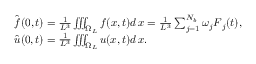
\begin{array} { r l } & { \hat { \boldsymbol f } ( 0 , t ) = \frac { 1 } { L ^ { 3 } } \iiint _ { \Omega _ { L } } \boldsymbol f ( \boldsymbol x , t ) d \, \boldsymbol x = \frac { 1 } { L ^ { 3 } } \sum _ { j = 1 } ^ { N _ { b } } \omega _ { j } \boldsymbol F _ { j } ( t ) , } \\ & { \hat { \boldsymbol u } ( 0 , t ) = \frac { 1 } { L ^ { 3 } } \iiint _ { \Omega _ { L } } \boldsymbol u ( \boldsymbol x , t ) d \, \boldsymbol x . } \end{array}